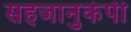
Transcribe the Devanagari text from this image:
सहजानुकंपी